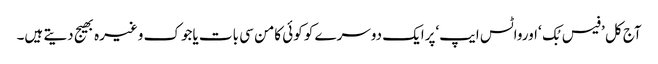
آج کل ’فیس بُک ‘اورواٹس ایپ‘پرایک دوسرے کو کوئی کامن سی بات یاجوک وغیرہ بھیج دیتے ہیں۔